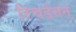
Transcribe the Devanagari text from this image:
रिचर्डसन्